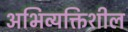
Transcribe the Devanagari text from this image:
अभिव्यक्तिशील